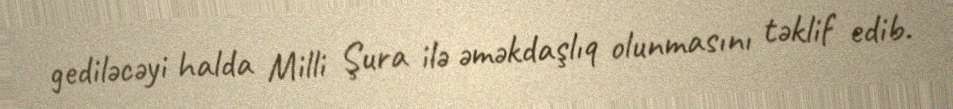
gediləcəyi halda Milli Şura ilə əməkdaşlıq olunmasını təklif edib.